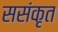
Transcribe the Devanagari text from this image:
ससंकृत